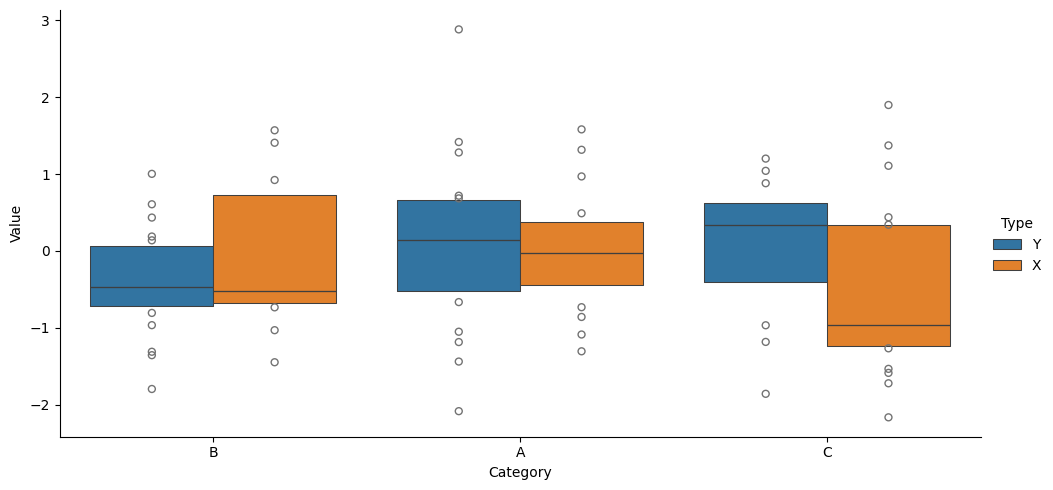
python, seaborn, catplot, kind='boxen', height=5, aspect=2